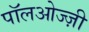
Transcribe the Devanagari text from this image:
पॉलओज्ज़ी